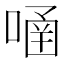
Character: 𠹄